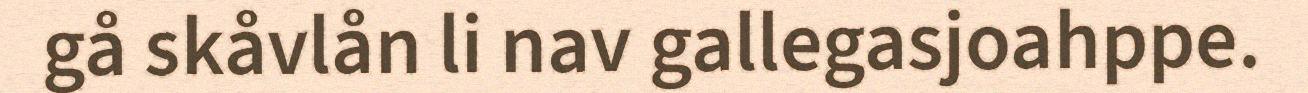
gå skåvlån li nav gallegasjoahppe.